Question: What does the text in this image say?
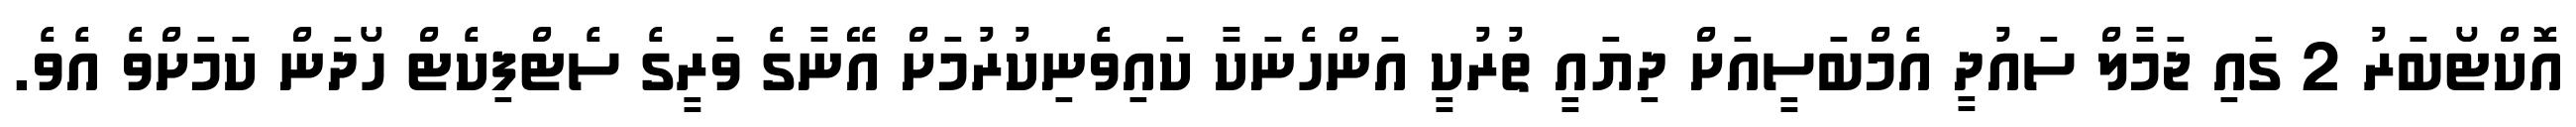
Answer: އޮކްޓޯބަރު 2 ގައި ޖަމާލް ސައުދީ އެމްބަސީއަށް ދިޔައީ ތުރުކީ އަންހެނަކާ ކައިވެނިކުރުމަށް އޭނާގެ ވަރީގެ ސެޓްފިކެޓް ހޯދަން ކަމަށްވެ އެވެ.